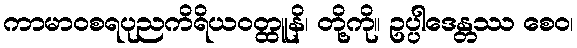
ကာမာဝစရပုညကိရိယဝတ္ထူနိ၊ တို့ကို။ ဥပ္ပါဒေန္တဿ စေဝ၊